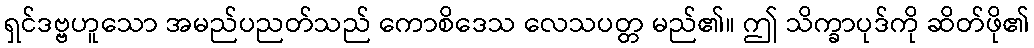
ရှင်ဒဗ္ဗဟူသော အမည်ပညတ်သည် ကောစိဒေသ လေသပတ္တ မည်၏။ ဤ သိက္ခာပုဒ်ကို ဆိတ်ဖို၏